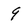
Character: 9